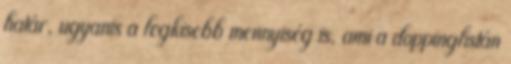
határ, ugyanis a legkisebb mennyiség is, ami a doppinglistán